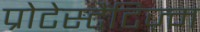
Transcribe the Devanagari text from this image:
प्रोटेस्टैंटिज़्म